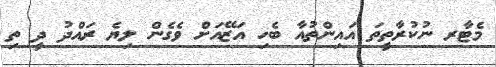
މެޓާރ ނުކުރާތީތަ އައިންތުއާ ބެހި އަޒޭއަށް ވެގެން ލިޔެ ރައްދު ދީ ތި